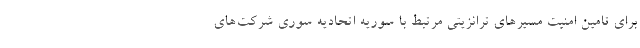
برای تامین امنیت مسیرهای ترانزیتی مرتبط با سوریه اتحادیه سوری شرکت‌های